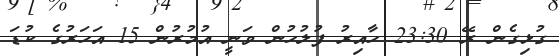
ގުޅިގެން ރޭ 23:30 ހާއިރު ފުލުހުން ވަނީ އުމުރުން 15 އަހަރުގެ ކުޑަ